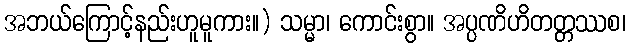
အဘယ်ကြောင့်နည်းဟူမူကား။) သမ္မာ၊ ကောင်းစွာ။ အပ္ပဏိဟိတတ္တဿစ၊